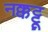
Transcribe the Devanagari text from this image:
नक्कट्टू